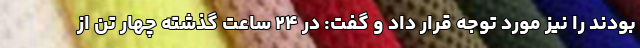
بودند را نیز مورد توجه قرار داد و گفت: در ۲۴ ساعت گذشته چهار تَن از